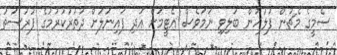
ސެމީގެ މެޗުން ފުލުހުން ބަލިވި ނަމަވެސް އެޓީމަށް އަދި ފައިނަލަށް ދަތުރުކުރުމުގެ ފުރުސަތު